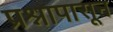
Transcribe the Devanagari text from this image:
प्रश्नापासून